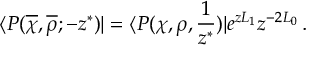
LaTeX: \langle P ( \overline { { \chi } } , \overline { { \rho } } ; - z ^ { \ast } ) | = \langle P ( \chi , \rho , { \frac { 1 } { z ^ { \ast } } } ) | e ^ { z L _ { 1 } } z ^ { - 2 L _ { 0 } } \, .